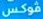
فوكس